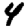
Digit: 4